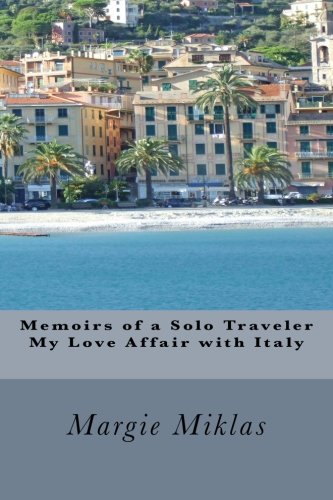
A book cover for Memoirs of a Solo Traveler - My Love Affair with Italy; Margie Miklas; Travel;